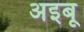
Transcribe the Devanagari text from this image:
अइबू